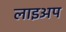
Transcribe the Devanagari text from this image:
लाइअप